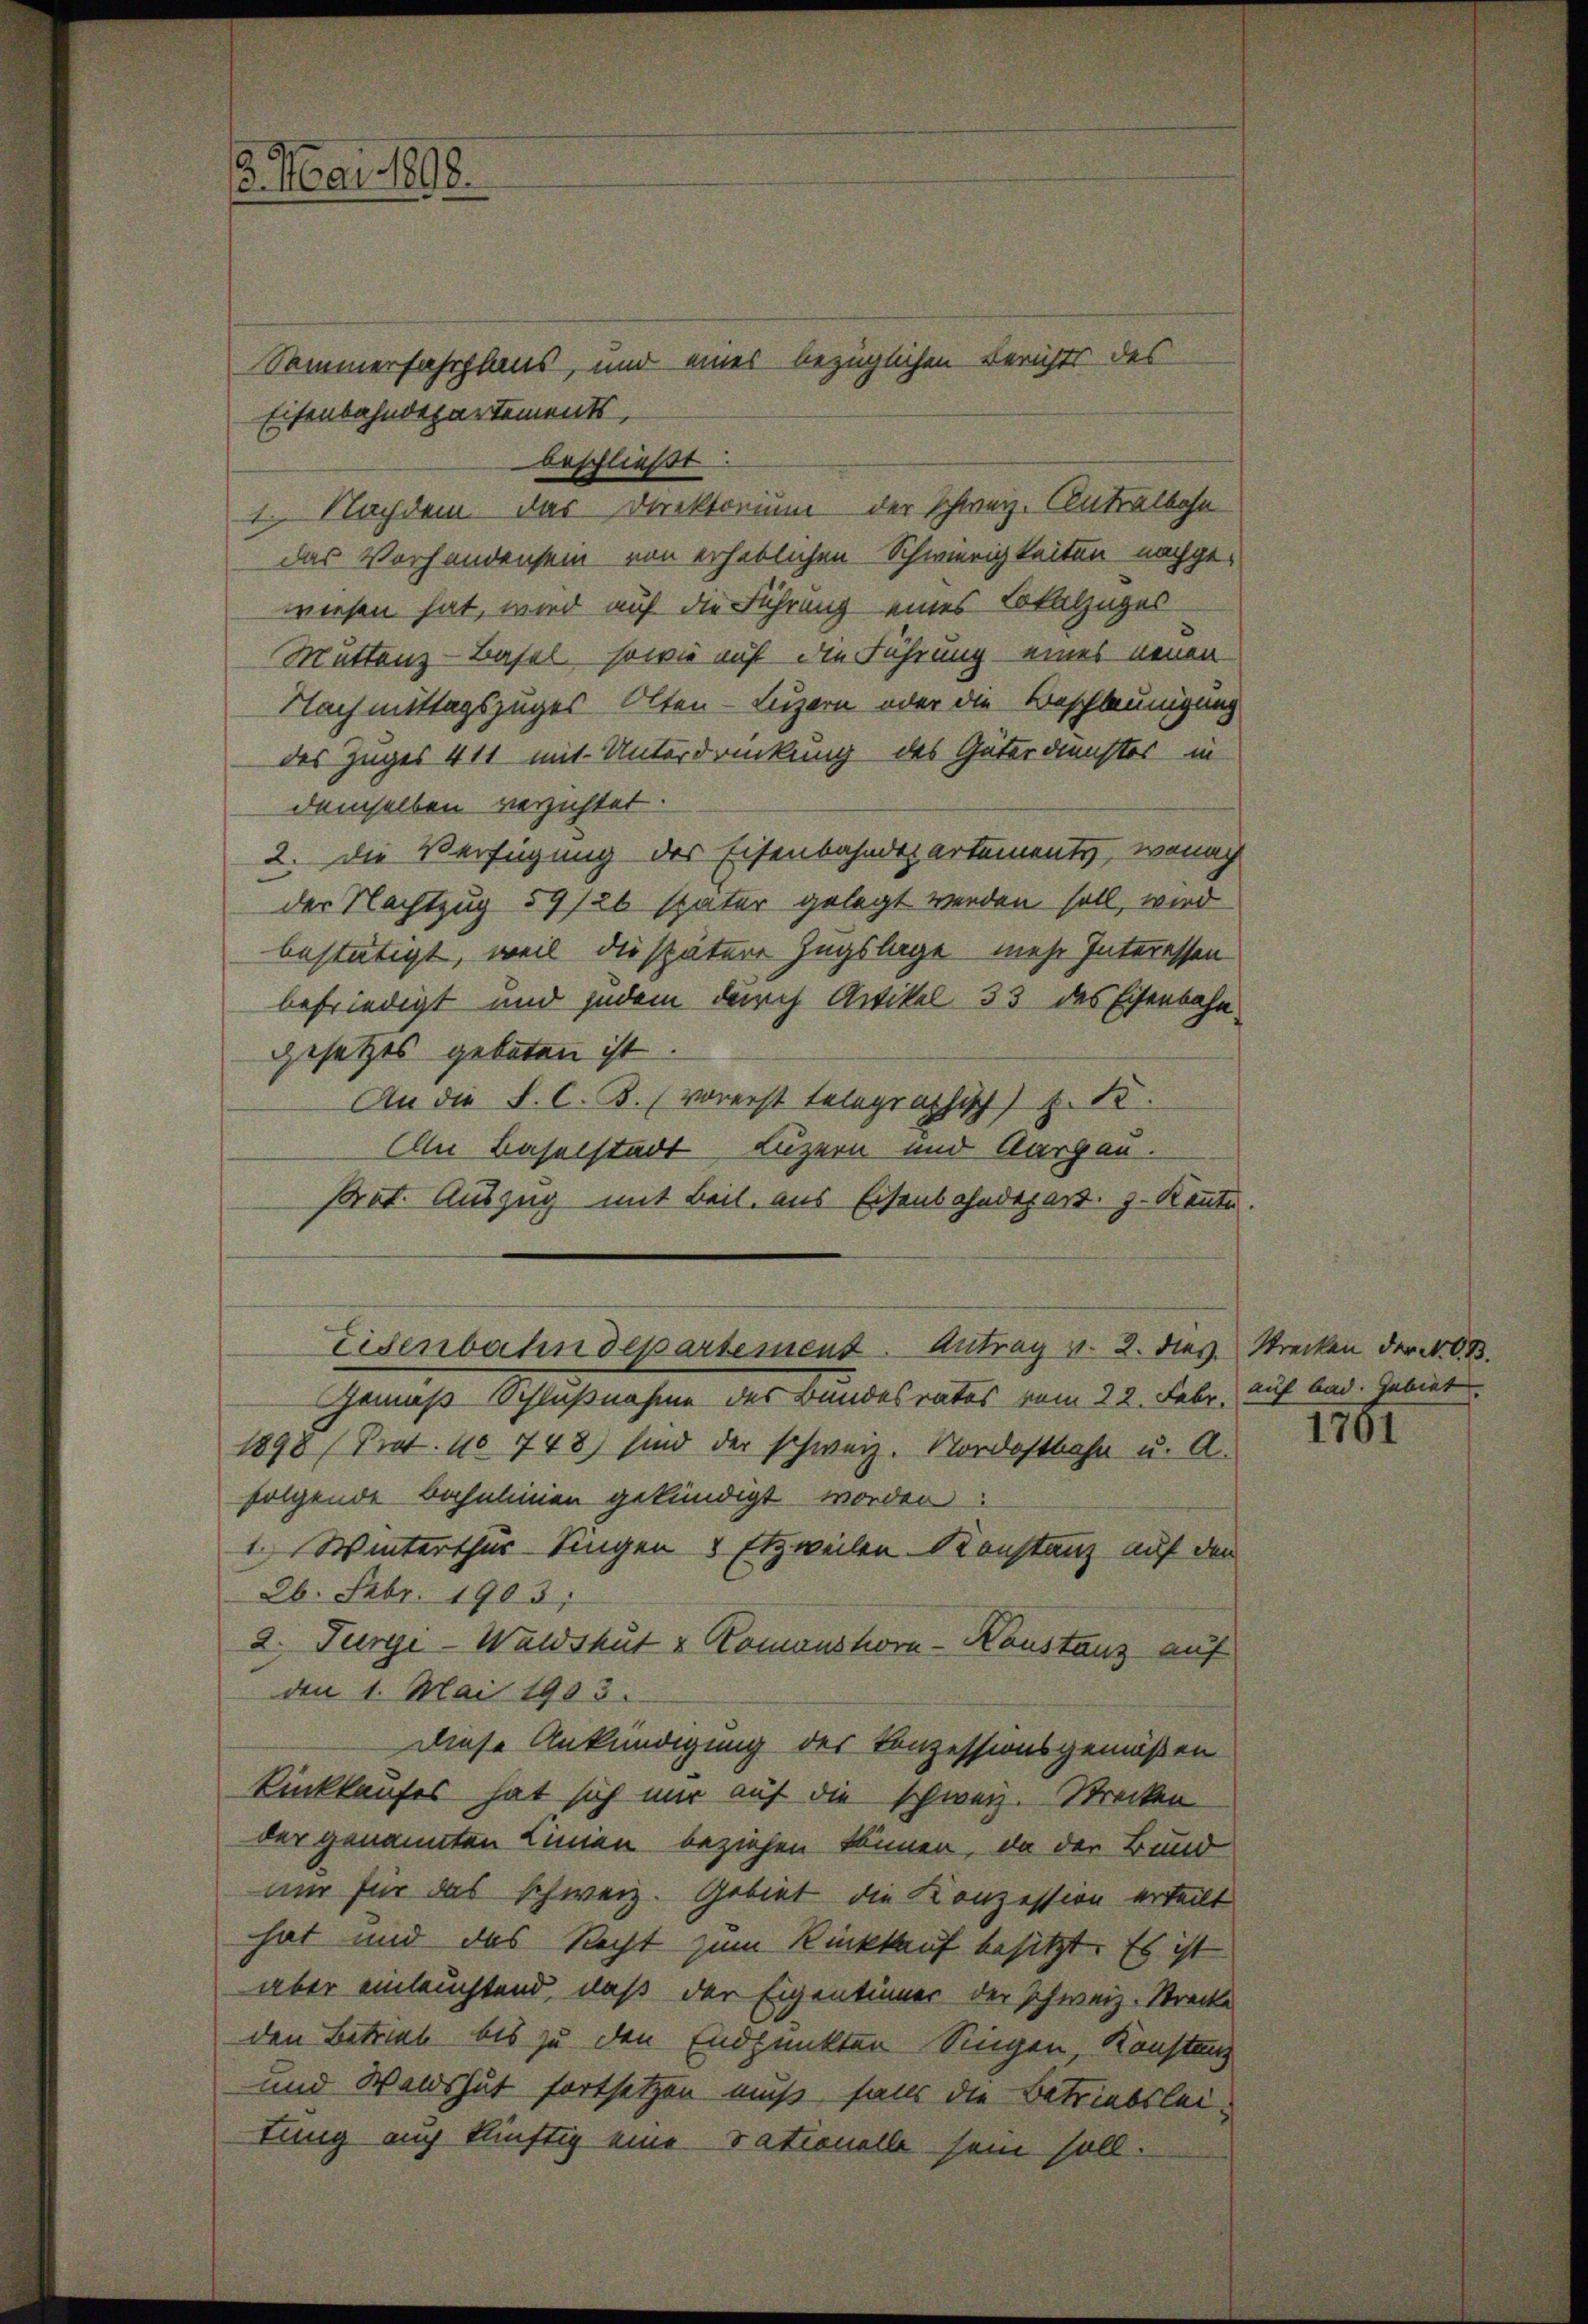
6. Mai 1898.

Sommerfahrplaus, und eines bezüglichen Berichts des
Eisenbahndepartements,
beschließt:
1. Nachdem das Direktorium der Schweiz. Antralbahn
das Vorhandensein von erheblichen Schwierigkeiten nachgewiesen hat, wird auf die Führung eines Lokalzuges
Muttenz - Basel, sowie auf den Führung - eines neuen
Nachmittagszuges Olten - Luzern oder die Beschleunigung
des Zuges 411 mit Unterdrückung des Güterdienstes in
demselben verzichtet.
2. Die Verfügung des Eisenbahndepartements, wonach
der Nachtzug 59/26 später gelegt werden soll, wird
bestätigt, weil die spätere Zugslage mehr Interessen
befriedigt und jedem durch Artikel 33 des Eisenbahn
gesetzes geboten ist
An die P. C. B. (vorerst telegraphisch) Z. 12.
An Baselstadt Luzern und Aargau.
Prot. Auszug mit Beil, aus Eisenbahndepart. J. Kennte.
Eisenbahndepartement. Antrag v. 2. dies Strecken der N.O.B.
Gemäß Schlußnahme des Bandesrates vom 22. Febr.
1898 (Prot. No 748) sind der schweiz. Nordostbahn u. A.
folgende behalien gekündigt worden.
1. Winterthur Singen 8 Etzweilen Konstanz auf den
26. Febr. 1903;
2. Turge-Waldshut & Komanshor-Konstanz auf
den 1. Mai 1903.
Diese Ankündigung des Konzessionsgemäßen
Rinkkaufes hat sich nur auf die schweiz. Strecken
der genannten Linien beziehen können, da der Bund
nur für das schweiz. Gebiet die Konzession erteilt
hat und das Recht zum Rückkauf besitzt. Es ist
aber einleuchtend, daß der Eigentümer der Schweiz. Strecke
den Betrieb bis zu den Endpunkten Singen, Konstanz
und Wandshut fortsetzen muß, falls die Betriebsleilung auch künftig eine Sationelle sein soll.

auf bad. Gebiet

1761